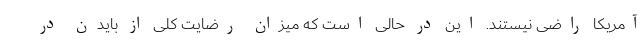
آمریکا راضی نیستند. این در حالی است که میزان رضایت کلی از بایدن در